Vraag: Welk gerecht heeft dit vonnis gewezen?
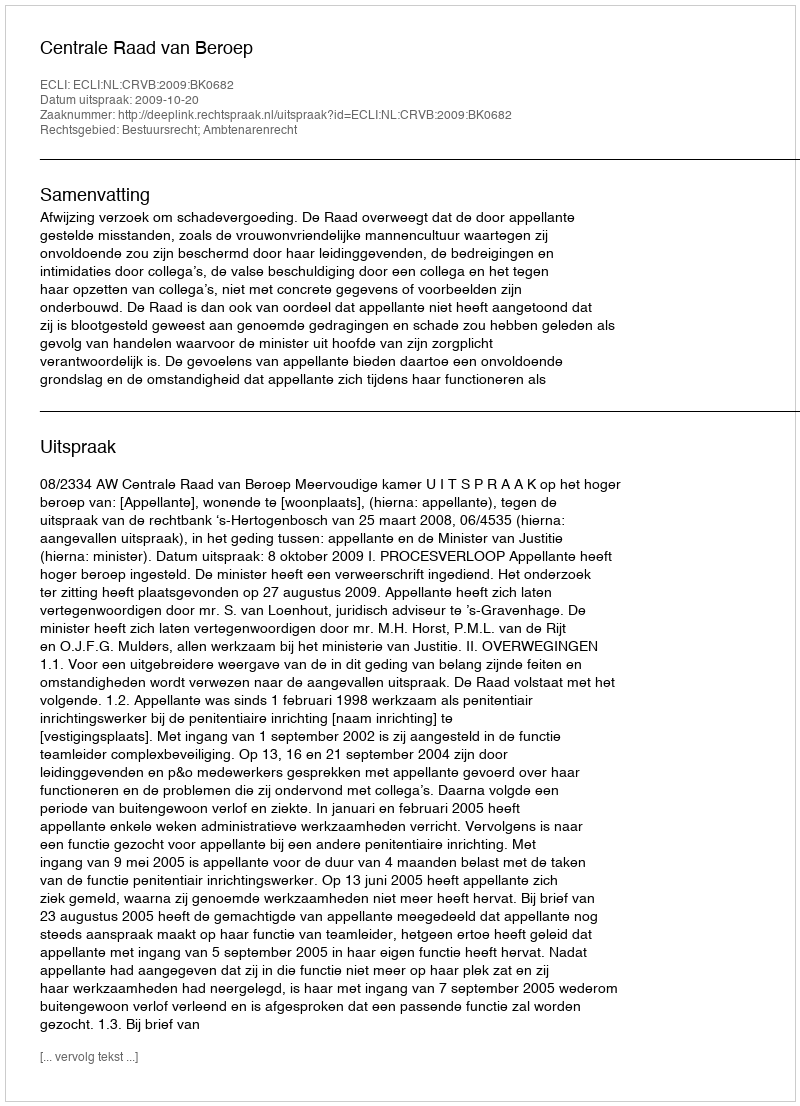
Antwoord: Centrale Raad van Beroep